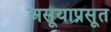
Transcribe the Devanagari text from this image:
असूयाप्रसूत